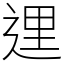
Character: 𨓦